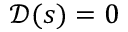
\mathcal { D } ( s ) = 0